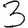
Digit: 3